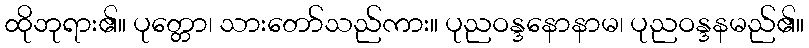
ထိုဘုရား၏။ ပုတ္တော၊ သားတော်သည်ကား။ ပုညဝန္ဒနောနာမ၊ ပုညဝန္ဒနမည်၏။